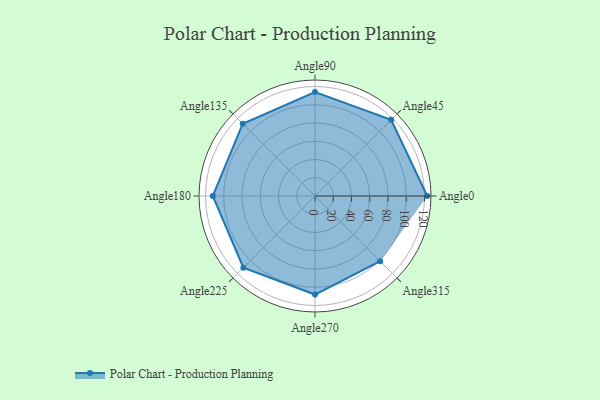
{"axis": {"x": "Angle", "y": "Radius"}, "legend": [""], "data": [{"x": "Angle0", "y": 123.0, "type": ""}, {"x": "Angle45", "y": 118.0, "type": ""}, {"x": "Angle90", "y": 114.0, "type": ""}, {"x": "Angle135", "y": 112.0, "type": ""}, {"x": "Angle180", "y": 112.0, "type": ""}, {"x": "Angle225", "y": 111.0, "type": ""}, {"x": "Angle270", "y": 108.0, "type": ""}, {"x": "Angle315", "y": 101.0, "type": ""}]}